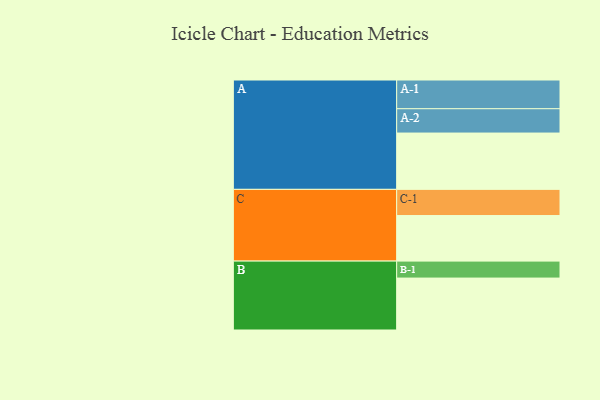
{"axis": {"x": "Segment", "y": "Value"}, "legend": ["", "A", "B", "C"], "data": [{"x": "A", "y": 398, "type": ""}, {"x": "B", "y": 367, "type": ""}, {"x": "C", "y": 322, "type": ""}, {"x": "A-1", "y": 203, "type": "A"}, {"x": "A-2", "y": 172, "type": "A"}, {"x": "B-1", "y": 120, "type": "B"}, {"x": "C-1", "y": 185, "type": "C"}]}